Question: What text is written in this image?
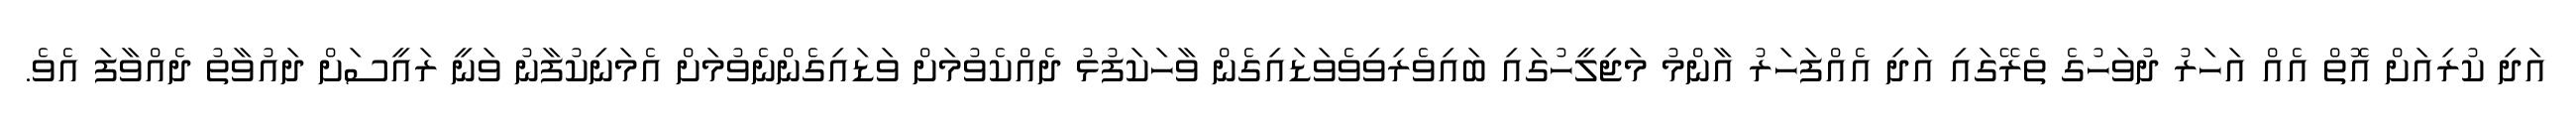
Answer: އަދި ކުރިއަށް އޮތް އެއް އަހަރު ދުވަހުގެ ތެރޭގައި އަދި އެއްފަހަރު އާންމު މަޖިލީހުގައި ބައިވެރިވިވެވަޑައިގެން ވާހަކަފުޅު ދެއްކެވުމަށް ވަޑައިގެންނެވުމަށް އެމަނިކުފާނު ވަނީ ރައީސަށް ދައުވާތު ދެއްވާފަ އެވެ.